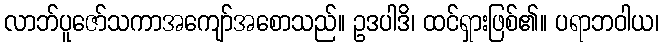
လာဘ်ပူဇော်သကာအကျော်အစောသည်။ ဥဒပါဒိ၊ ထင်ရှားဖြစ်၏။ ပရာဘဝါယ၊